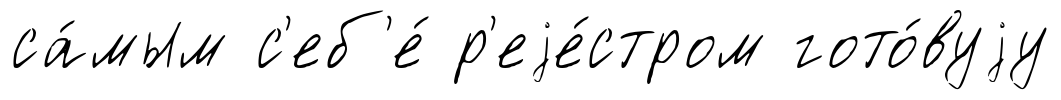
са́мым с'еб'е́ р'еjе́стром гото́вуjу